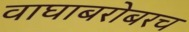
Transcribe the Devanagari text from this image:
वाघाबरोबरच